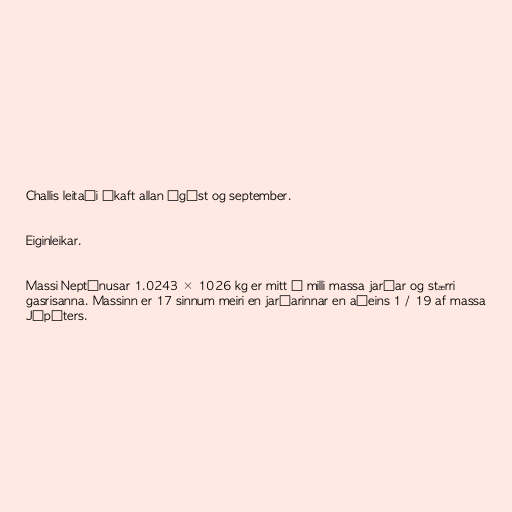
Challis leitaði ákaft allan ágúst og september.

Eiginleikar.

Massi Neptúnusar 1.0243 × 1026 kg er mitt á milli massa jarðar og stærri
gasrisanna. Massinn er 17 sinnum meiri en jarðarinnar en aðeins 1 / 19 af massa
Júpíters.